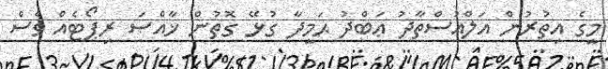
މީގެ އިތުރުން އަލްއުސްތާޛު ޢަބްދު ޙަމީދާ ގުޅޭ ގޮތުން ޚާއްޞަ ރިޕޯޓެއް ވެސް